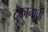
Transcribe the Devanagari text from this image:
दुकानाची